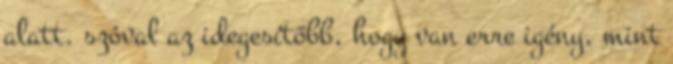
alatt. szóval az idegesítőbb, hogy van erre igény, mint